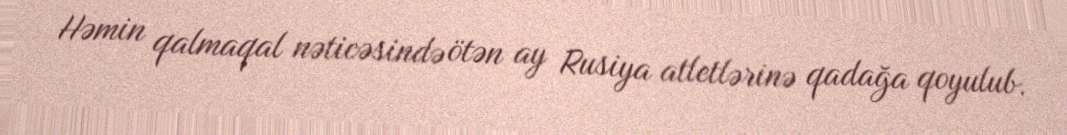
Həmin qalmaqal nəticəsində ötən ay Rusiya atletlərinə qadağa qoyulub.